Report of the Indian Hemp Drugs Commission, 1894-1895 - Volume VI
Year: 1894
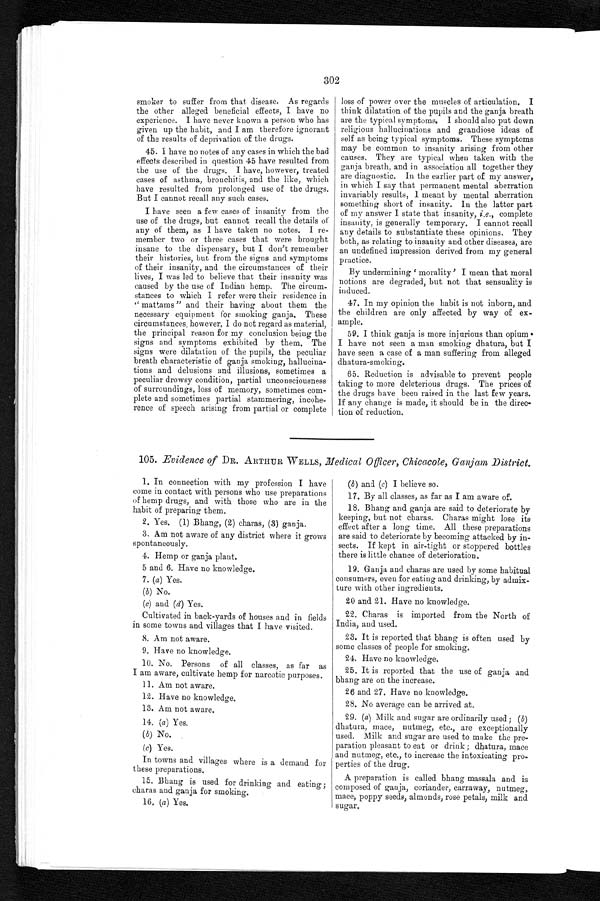
302
smoker to suffer from that disease. As regards
the other alleged beneficial effects, I have no
experience. I have never known a person who has
given up the habit, and I am therefore ignorant
of the results of deprivation of the drugs.
45. I have no notes of any cases in which the bad
effects described in question 45 have resulted from
the use of the drugs. I have, however, treated
cases of asthma, bronchitis, and the like, which
have resulted from prolonged use of the drugs.
But I cannot recall any such cases.
I have seen a few cases of insanity from the
use of the drugs, but cannot recall the details of
any of them, as I have taken no notes. I re
- m e m b e r t w o o r t h r e e c a s e s t h a t w e r e b r o u g h t
insane to the dispensary, but I don't remember
their histories, but from the signs and symptoms
of their insanity, and the circumstances of their
lives, I was led to believe that their insanity was
caused by the use of Indian hemp. The circum
- s t a n c e s t o w h i c h I r e f e r w e r e t h e i r r e s i d e n c e i n
" mat tams " and their having about them the
necessary equipment for smoking ganja. These
circumstances , however, I do not regard as material,
the principal reason for my conclusion being the
signs and symptoms exhibited by them. The
signs were dilatation of the pupils, the peculiar
breath characteristic of ganja smoking, hallucina
- t i o n s a n d d e l u s i o n s a n d i l l u s i o n s , s o m e t i m e s a
peculiar drowsy condition, partial unconsciousness
of surroundings, loss of memory, sometimes com-
plete and sometimes partial stammering, incohe
- r e n c e o f s p e e c h a r i s i n g f r o m p a r t i a l o r c o m p l e t e
loss of power over the muscles of articulation. I
think dilatation of the pupils and the ganja breath
are the typical symptoms. I should also put down
religious hallucinations and grandiose ideas of
self as being typical symptoms. These symptoms
may be common to insanity arising from other
causes. They are typical when taken with the
ganja breath, and in association all together they
are diagnostic. In the earlier part of my answer,
in which I say that permanent mental aberration
invariably results, I meant by mental aberration
something short of insanity. In the latter part
of my answer I state that insanity, i .e ., complete
i n s a n i t y , i s g e n e r a l l y t e m p o r a r y . I c a n n o t r e c a l l a n y d e t a i l s t o s u b s t a n t i a t e t h e s e o p i n i o n s . T h e y
both, as relating to insanity and other diseases, are
an undefined impression derived from my general
practice.
By undermining ' morality' I mean that moral
notions are degraded, but not that sensuality is
induced.
47. In my opinion the habit is not inborn, and
the children are only affected by way of ex
- a m p l e .
59. I think ganja is more injurious than opium.
I have not seen a man smoking dhatura, but I
have seen a case of a man suffering from alleged
dhatura-smoking.
65. Reduction is advisable to prevent people
taking to more deleterious drugs. The prices of
the drugs have been raised in the last few years.
If any change is made, it should be in the direc
- < b r / >
t i o n
o f r e d u c t i o n .
105. Evidence of DR. ARTHUR WELLS, Medical Officer, Chicacole, Gan jam District.
1. In connection with my profession I have
come in contact with persons who use preparations
of hemp drugs, and with those who are in the
habit of preparing them.
2. Yes. (1) Bhang, (2) charas, (3) ganja.
3. Am not aware of any district where it grows
spontaneously.
4. Hemp or ganja plant.
5 and 6. Have no knowledge.
7. (a) Yes.
(b) No.
(c) and (d) Yes.
Cultivated in back-yards of houses and in fields
in some towns and villages that I have visited.
8. Am not aware.
9. Have no knowledge.
10. No. Persons of all classes, as far as
I am aware, cultivate hemp for narcotic purposes.
11. Am not aware.
12. Have no knowledge.
13. Am not aware.
14. (a) Yes.
(b) No.
(c) Yes.
In towns and villages where is a demand for
these preparations.
15. Bhang is used for drinking and eating;
charas and ganja for smoking.
16, (a) Yes.
(b) and (c) I believe so.
17. By all classes, as far as I am aware of.
18. Bhang and ganja are said to deteriorate by
keeping, but not charas. Charas might lose its
effect after a long time. All these preparations
are said to deteriorate by becoming attacked by in
-sects. If kept in air-tight or stoppered bottles
there is little chance of deterioration.
19. Ganja and charas are used by some habitual
consumers, even for eating and drinking, by admix
- t u r e w i t h o t h e r i n g r e d i e n t s .
20 and 21. Have no knowledge.
22. Charas is imported from the North of
India, and used.
23. It is reported that bhang is often used by
some classes of people for smoking.
24. Have no knowledge.
25. It is reported that the use of ganja and
bhang are on the increase.
26 and 27. Have no knowledge.
28. No average can be arrived at.
29. (a) Milk and sugar are ordinarily used ; (b)
dhatura, mace, nutmeg, etc., are exceptionally
used. Milk and sugar are used to make the pre
-paration pleasant to eat or drink; dhatura, mace
and nutmeg, etc., to increase the intoxicating pro
-perties of the drug.
A preparation is called bhang massala and is
composed of ganja, coriander, carraway, nutmeg,
mace, poppy seeds, almonds, rose petals, milk and
sugar.